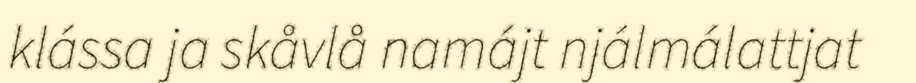
klássa ja skåvlå namájt njálmálattjat